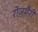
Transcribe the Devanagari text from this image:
रोज़मैरी